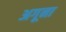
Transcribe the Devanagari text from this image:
अगूना